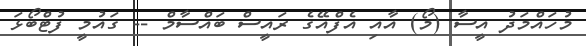
މުހައްމަދު އީސާ (މޯ) އާއި އެފްއޭގެ ރައީސް ބައްސާމް -- ގައުމީ ފުޓްބޯޅަ